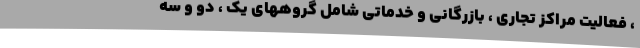
، فعالیت مراکز تجاری ، بازرگانی و خدماتی شامل گروههای یک ، دو و سه